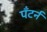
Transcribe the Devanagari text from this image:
पँटर्न